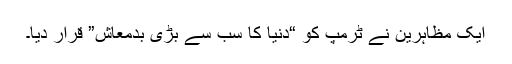
ایک مظاہرین نے ٹرمپ کو “دنیا کا سب سے بڑی بدمعاش” قرار دیا۔